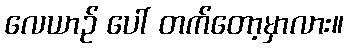
လေယာဉ် ပေါ် တက်တော့မှာလား။